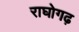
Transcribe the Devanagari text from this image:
राघोगढ़